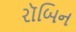
રૉબિન